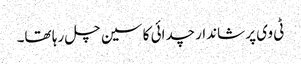
ٹی وی پر شاندار چدائی کا سین چل رہا تھا۔